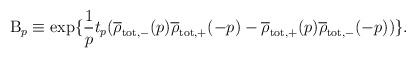
LaTeX: \begin{align*}{\rm B}_p \equiv \exp\{\frac{1}{p} t_p (\overline{\rho}_{\rm tot,-}(p)\overline{\rho}_{\rm tot,+}(-p) - \overline{\rho}_{\rm tot,+}(p)\overline{\rho}_{\rm tot,-}(-p)) \}.\end{align*}